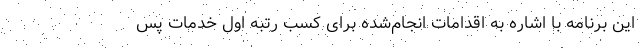
این برنامه با اشاره به اقدامات انجام‌شده برای کسب رتبه اول خدمات پس